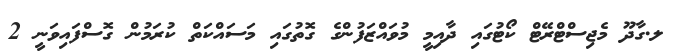
ލ.ގާދޫ މެޖިސްޓްރޭޓް ކޯޓުގައި ދާއިމީ މުވައްޒަފުންގެ ގޮތުގައި މަސައްކަތް ކުރަމުން ގޮސްފައިވަނީ 2